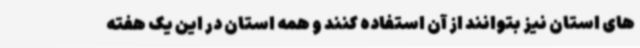
های استان نیز بتوانند از آن استفاده کنند و همه استان در این یک هفته